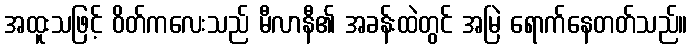
အထူးသဖြင့် ဝိတ်ကလေးသည် မီလာနီ၏ အခန်းထဲတွင် အမြဲ ရောက်နေတတ်သည်။